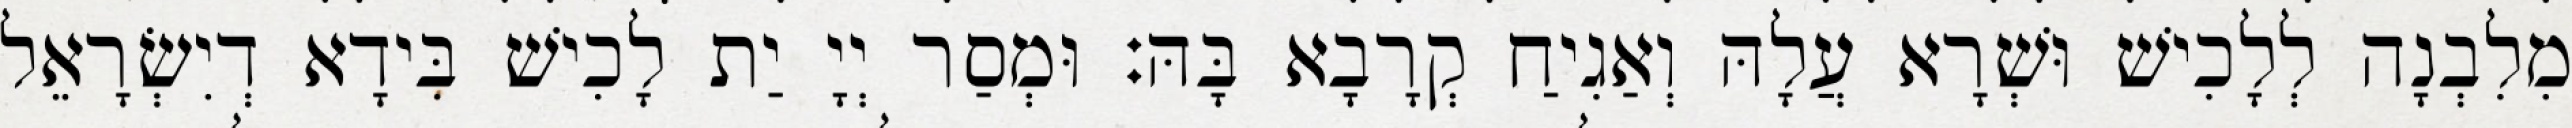
מִלִבְנָה לְלָכִישׁ וּשְׁרָא עֲלָהּ וְאַגִיחַ קְרָבָא בָּהּ׃ וּמְסַר יְיָ יַת לָכִישׁ בִּידָא דְיִשְׂרָאֵל